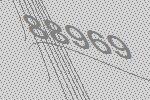
88969